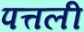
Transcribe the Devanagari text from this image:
पत्तली